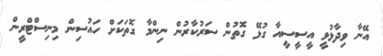
އޭނާ ވިދާޅުވީ އީސީސީއާ ގުޅޭ ގޮތުން ސަރުކާރުން ނިންމާ ގޮތަކަށް ހައުސިން މިނިސްޓްރީން